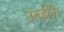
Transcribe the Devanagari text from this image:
उनहोने।